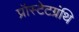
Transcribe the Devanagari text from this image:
प्रॉस्टेटग्रंथि